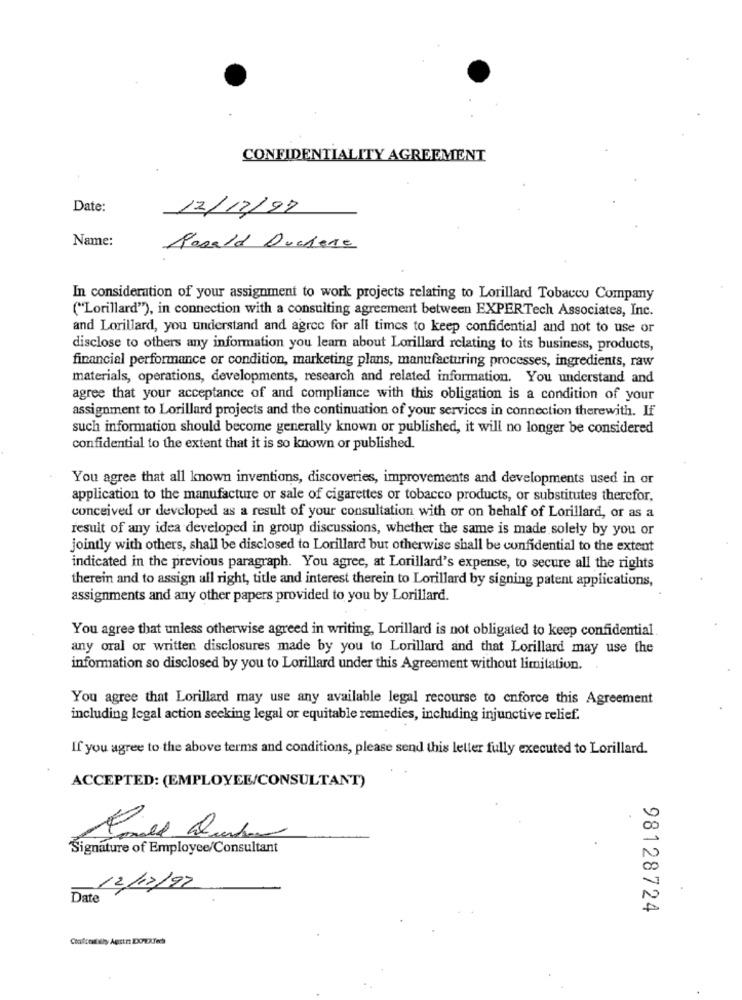
CONFIDENTIALITY AGREEMENT
Date:
12/12/99
Name:
Roald Duchene
In consideration of your assignment to work projects relating to Lorillard Tobacco Company
("Lorillard"), in connection with a consulting agreement between EXPERTech Associates, Inc.
and Lorillard, you understand and agree for all times to keep confidential and not to use or
disclose to others any information you learn about Lorillard relating to its business, products,
financial performance or condition, marketing plans, manufacturing processes, ingredients, raw
materials, operations, developments, research and related information. You understand and
agree that your acceptance of and compliance with this obligation is a condition of your
assignment to Lorillard projects and the continuation of your services in connection therewith. If
such information should become generally known or published, it will no longer be considered
confidential to the extent that it is so known or published.
You agree that all known inventions, discoveries, improvements and developments used in or
application to the manufacture or sale of cigarettes or tobacco products, or substitutes therefor,
conceived or developed as a result of your consultation with or on behalf of Lorillard, or as a
result of any idea developed in group discussions, whether the same is made solely by you or
jointly with others, shall be disclosed to Lorillard but otherwise shall be confidential to the extent
indicated in the previous paragraph. You agree, at Lorillard's expense, to secure all the rights
therein and to assign all right, title and interest therein to Lorillard by signing patent applications,
assignments and any other papers provided to you by Lorillard.
You agree that unless otherwise agreed in writing, Lorillard is not obligated to keep confidential
any oral or written disclosures made by you to Lorillard and that Lorillard may use the
information so disclosed by you to Lorillard under this Agreement without limitation ..
You agree that Lorillard may use any available legal recourse to enforce this Agreement
including legal action seeking legal or equitable remedies, including injunctive relief.
If you agree to the above terms and conditions, please send this letter fully executed to Lorillard.
ACCEPTED: (EMPLOYEE/CONSULTANT)
Signature of Employee/Consultant
12/12/92
Date
98128724